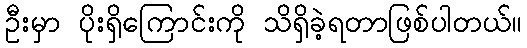
ဦးမှာ ပိုးရှိကြောင်းကို သိရှိခဲ့ရတာဖြစ်ပါတယ်။